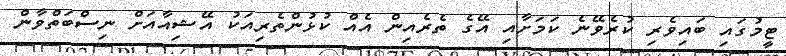
ޓީމުގައި ބައިވެރި ކުރެވޭނެ ކަމަށާއި އޭގެ ތެރެއިން އެއް ކުޅުންތެރިއަކު އޭޝިއާއަށް ނިސްބަތްވާން